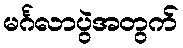
မင်္ဂလာပွဲအတွက်